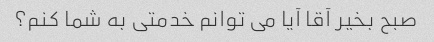
صبح بخیر آقا آیا می توانم خدمتی به شما کنم؟